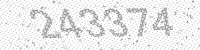
Solution: 243374